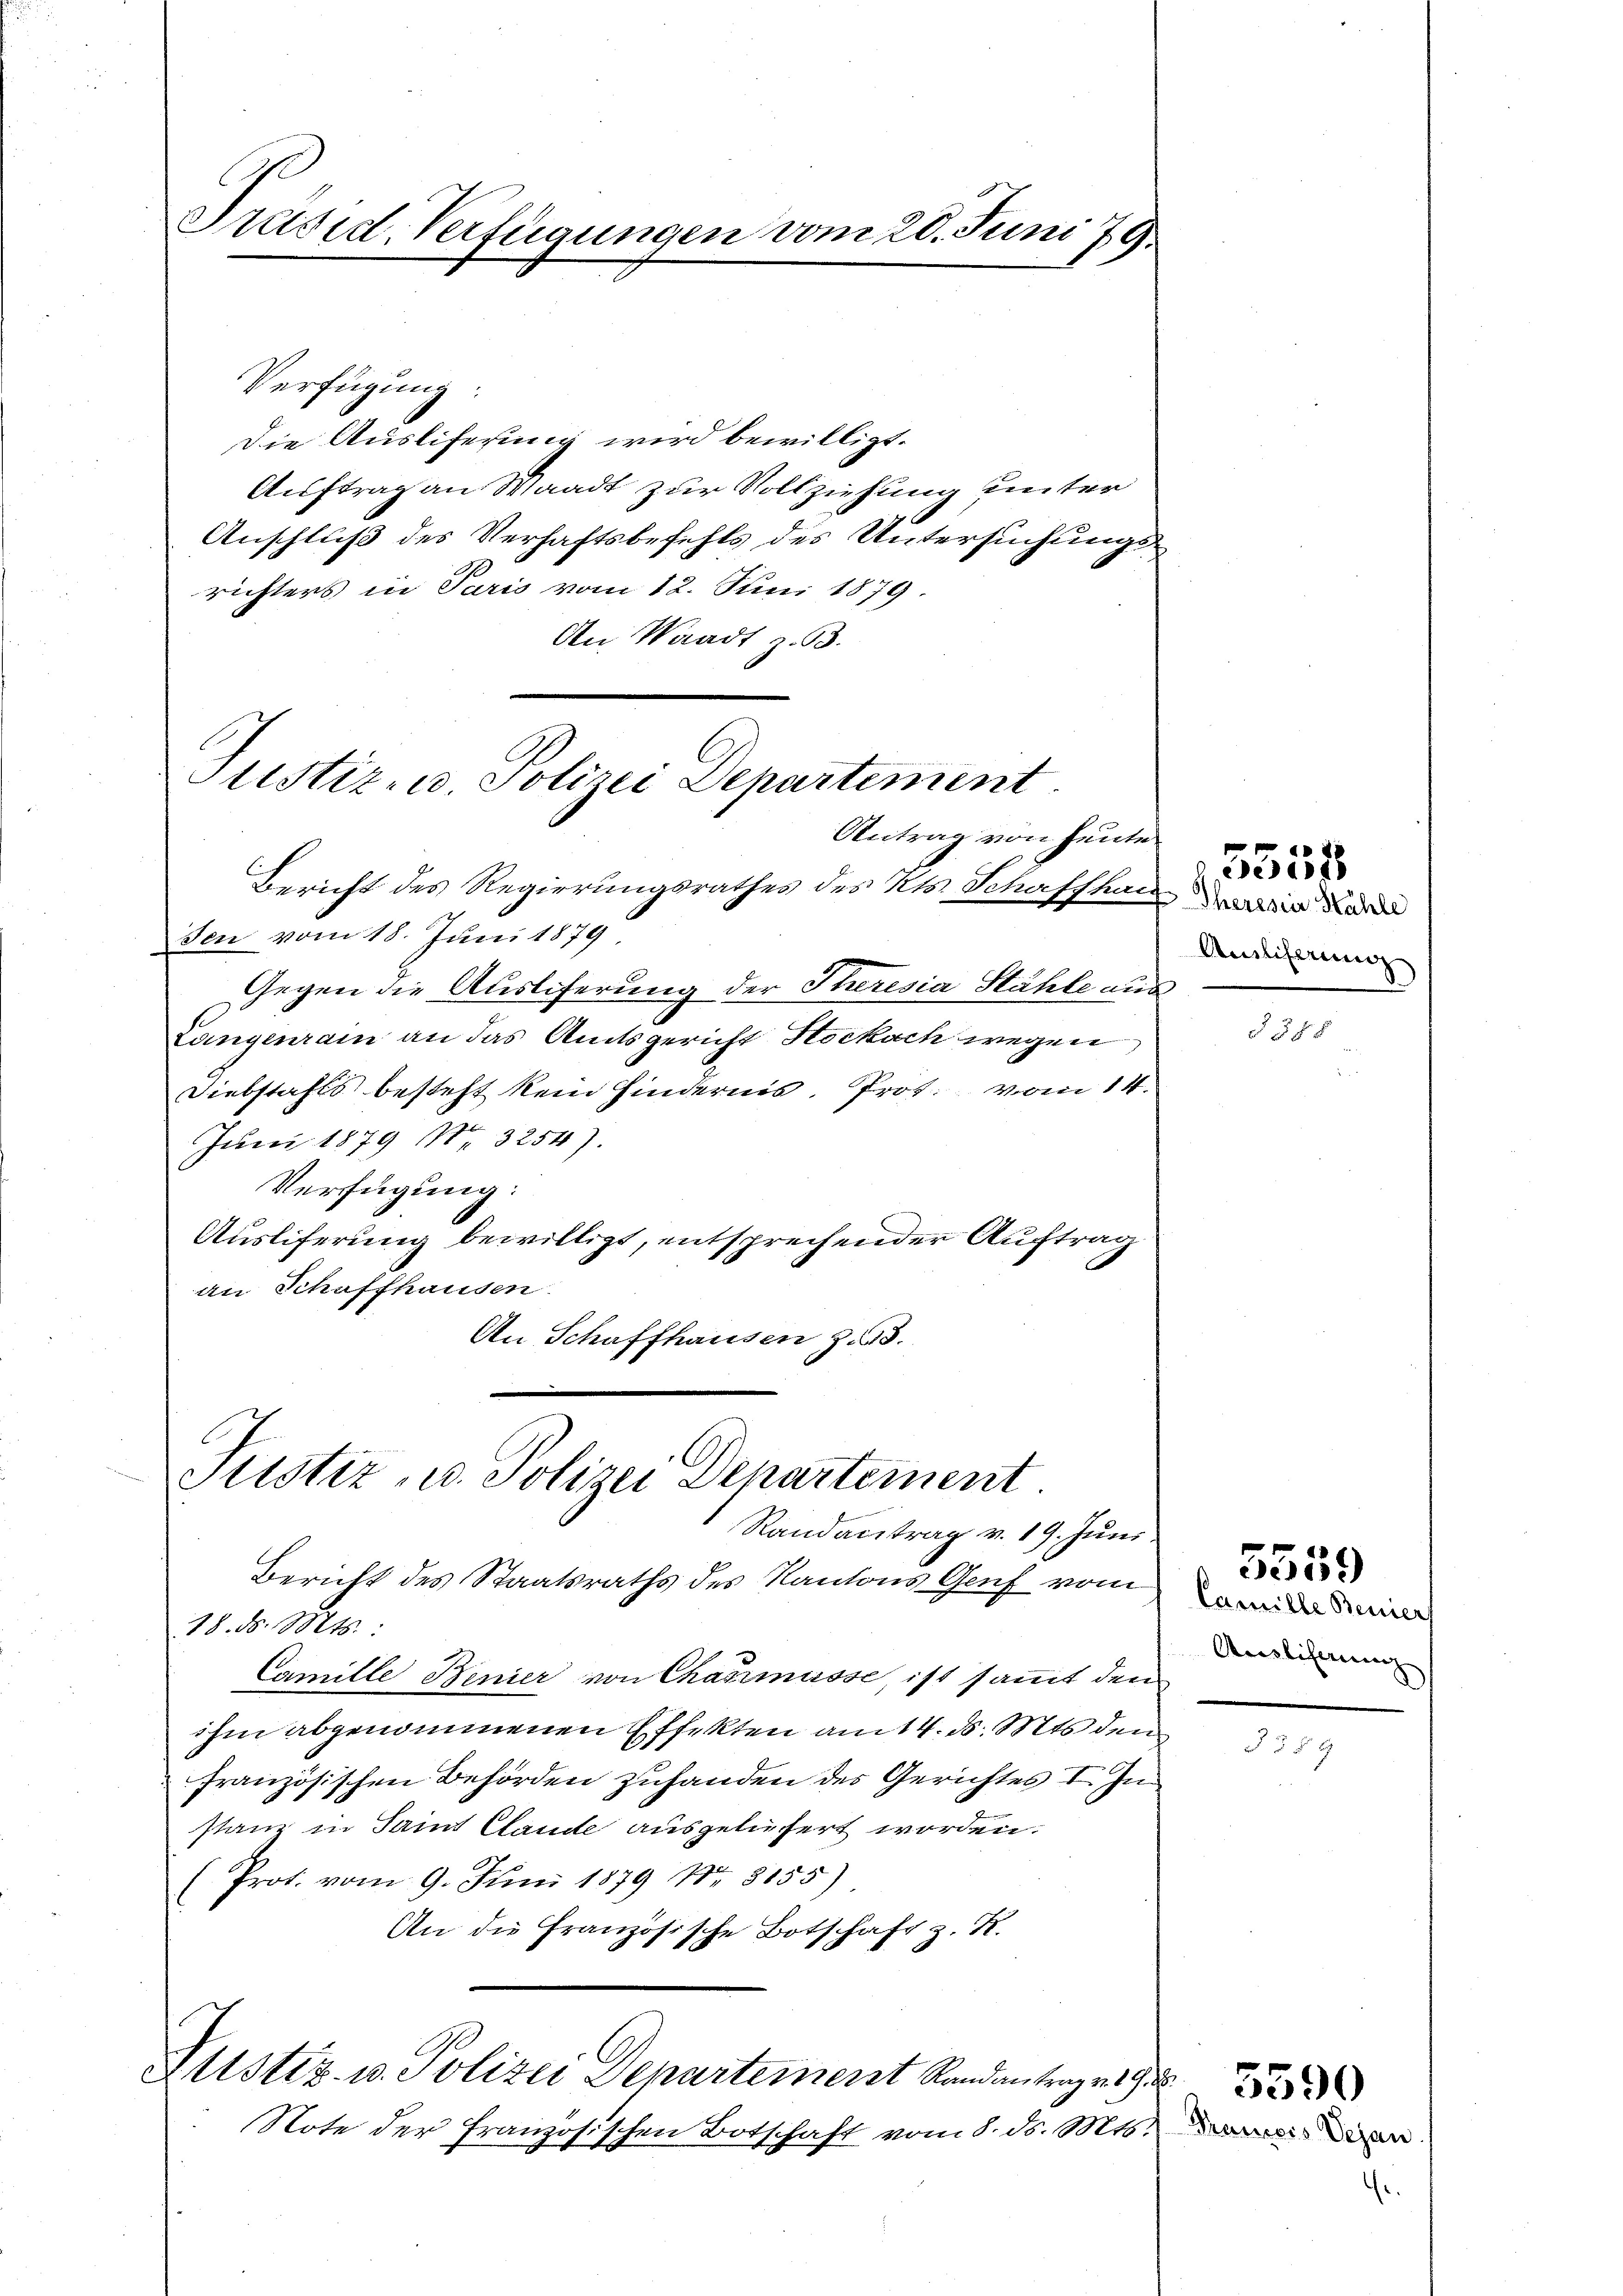
Präsid. Verfügungen vom 20. Juni 79.

Verfügung:
Die Ausliferung wird bewilligt.
Auftrag an Waadt zur Vollziehung unter
Anschluß des Verhaftsbefehls des Untersuchungsrichters in Paris vom 12. Juni 1879.
An Waadt z. B.

Justiz- u. Polizei Departement
Antrag von heute

Bericht des Regierungsrathes des Kts. Schaffhalt in die
sen vom 18. Juni 1879
Gegen die Ausliferung der Theresia Stähle aus
Langenrain an das Amtsgericht Stockach wegen
Diebstahls besteht kein Hindernis. Prot. vom 14.
Juni 1879 No 3254).
Verfügung:
Ausliferung bewilligt, entsprechender Auftrag
an Schaffhausen.
An Schaffhausen zu 3.

Justiz - Polizei Departement
Randantrag v. 19. Juni

Bericht des Staatsraths des Kantons Genf vom
18. d. Mts.:
Camille Benier von Chanmasse, ist sammt den
ihm abgenommenen Effekten am 14. d. Mts. den
französischen Behörden zuhanden des Gerichtes I. Instanz in Saint Claude ausgeliefert worden.
Prot. vom 9. Juni 1879 Nr. 8155)
An die Französische Botschaft z. R.

Justiz- u. Polizei Departement Randantrages G

Note der Französischen Botschaft vom 8. ds. Mts.

Amlicherung

Camille Benier
Auslihing

5551

§ 588

5559

3590
Transers Veran